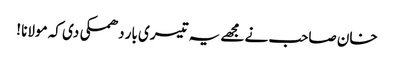
خان صاحب نے مجھے یہ تیسری بار دھمکی دی کہ مولانا !